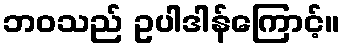
ဘဝသည် ဥပါဒါန်ကြောင့်။